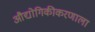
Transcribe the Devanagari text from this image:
औद्योगिकीकरणाला